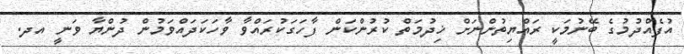
އުފެއްދުމުގެ ބޭނުމަކީ ރައްޔިތުންނަށް ޚިދުމަތް ކުރުންކަން ފާހަގަކުރައްވާ ވާހަކަދައްވަމުން ދުންޔާ ވަނީ އދ.